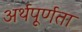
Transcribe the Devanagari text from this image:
अर्थपूर्णता